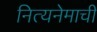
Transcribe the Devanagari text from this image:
नित्यनेमाची